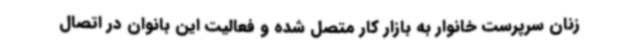
زنان سرپرست خانوار به بازار کار متصل شده و فعالیت این بانوان در اتصال